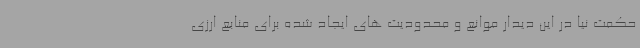
حکمت نیا در این دیدار موانع و محدودیت های ایجاد شده برای منابع ارزی